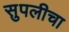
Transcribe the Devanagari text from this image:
सुपलीचा